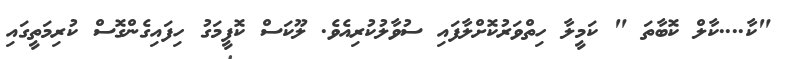
"ކާ....ކާލް ކޮބާތަ " ކަމީލާ ހިތްވަރުކޮށްލާފައި ސުވާލުކުރިއެވެ. ލޫކަސް ކޮފީމަގު ހިފައިގެންގޮސް ކުރިމަތީގައި